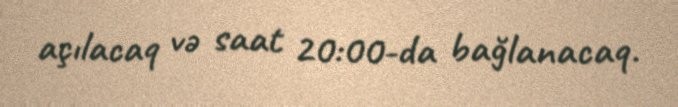
açılacaq və saat 20:00-da bağlanacaq.